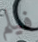
فيلم